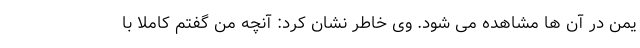
یمن در آن ها مشاهده می شود. وی خاطر نشان کرد: آنچه من گفتم کاملا با